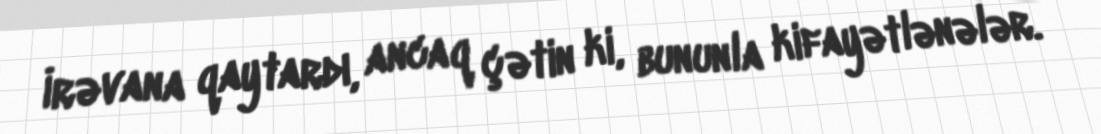
İrəvana qaytardı, ancaq çətin ki, bununla kifayətlənələr.